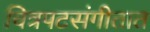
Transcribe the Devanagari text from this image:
चित्रपटसंगीतात